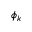
\phi _ { k }